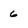
Character: 6